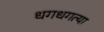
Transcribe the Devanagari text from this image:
धगधगत्या